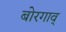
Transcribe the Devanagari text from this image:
बोरगाव्